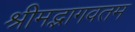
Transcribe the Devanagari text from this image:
श्रीमद्भागवतम